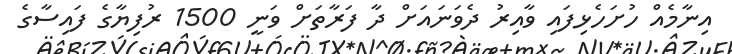
އިނާމެއް ހުށަހެޅިފައި ވާއިރު ދެވަނައަށް ދާ ފަރާތަށް ވަނީ 1500 ރުފިޔާގެ ފައިސާގެ